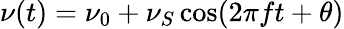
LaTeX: \nu(t)=\nu_{0}+\nu_{S}\cos(2\pi ft+\theta)